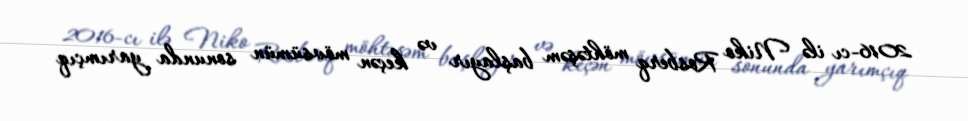
2016-cı ilə Niko Rosberq möhtəşəm başlayır və keçən mövsümün sonunda yarımçıq